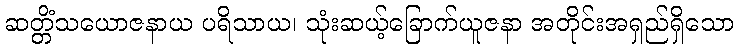
ဆတ္တိံသယောဇနာယ ပရိသာယ၊ သုံးဆယ့်ခြောက်ယူဇနာ အတိုင်းအရှည်ရှိသော